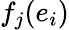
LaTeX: f_{j}(e_{i})